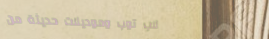
لاب توب وموديلات حديثة من